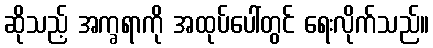
ဆိုသည့် အက္ခရာကို အထုပ်ပေါ်တွင် ရေးလိုက်သည်။